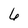
Character: 6